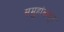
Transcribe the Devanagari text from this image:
समुहांकदून